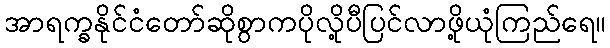
အာရက္ခနိုင်ငံတော်ဆိုစွာကပိုလို့ပီပြင်လာဖို့ယုံကြည်ရေ။